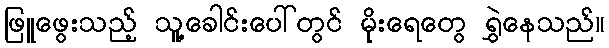
ဖြူဖွေးသည့် သူ့ခေါင်းပေါ်တွင် မိုးရေတွေ ရွှဲနေသည်။